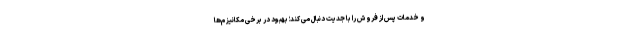
و خدمات پس از فروش را با جدیت دنبال می کند؛ بهبود در برخی مکانیزم‌ها